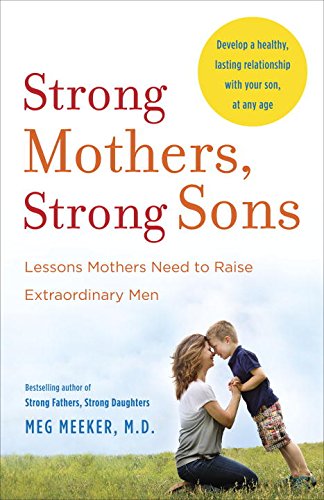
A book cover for Strong Mothers, Strong Sons: Lessons Mothers Need to Raise Extraordinary Men; Meg Meeker M.D.; Parenting & Relationships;